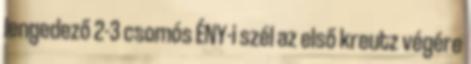
lengedező 2-3 csomós ÉNY-i szél az első kreutz végére